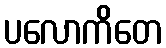
ပလောကိတေ